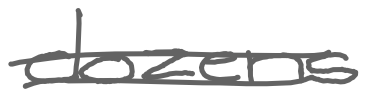
Text: dozens
Cross-out: double-line
Writing tool: digital_gray